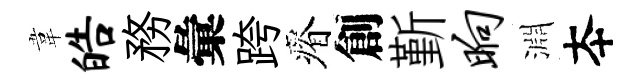
韋皓務彙跨瘠創斳晌淵夲